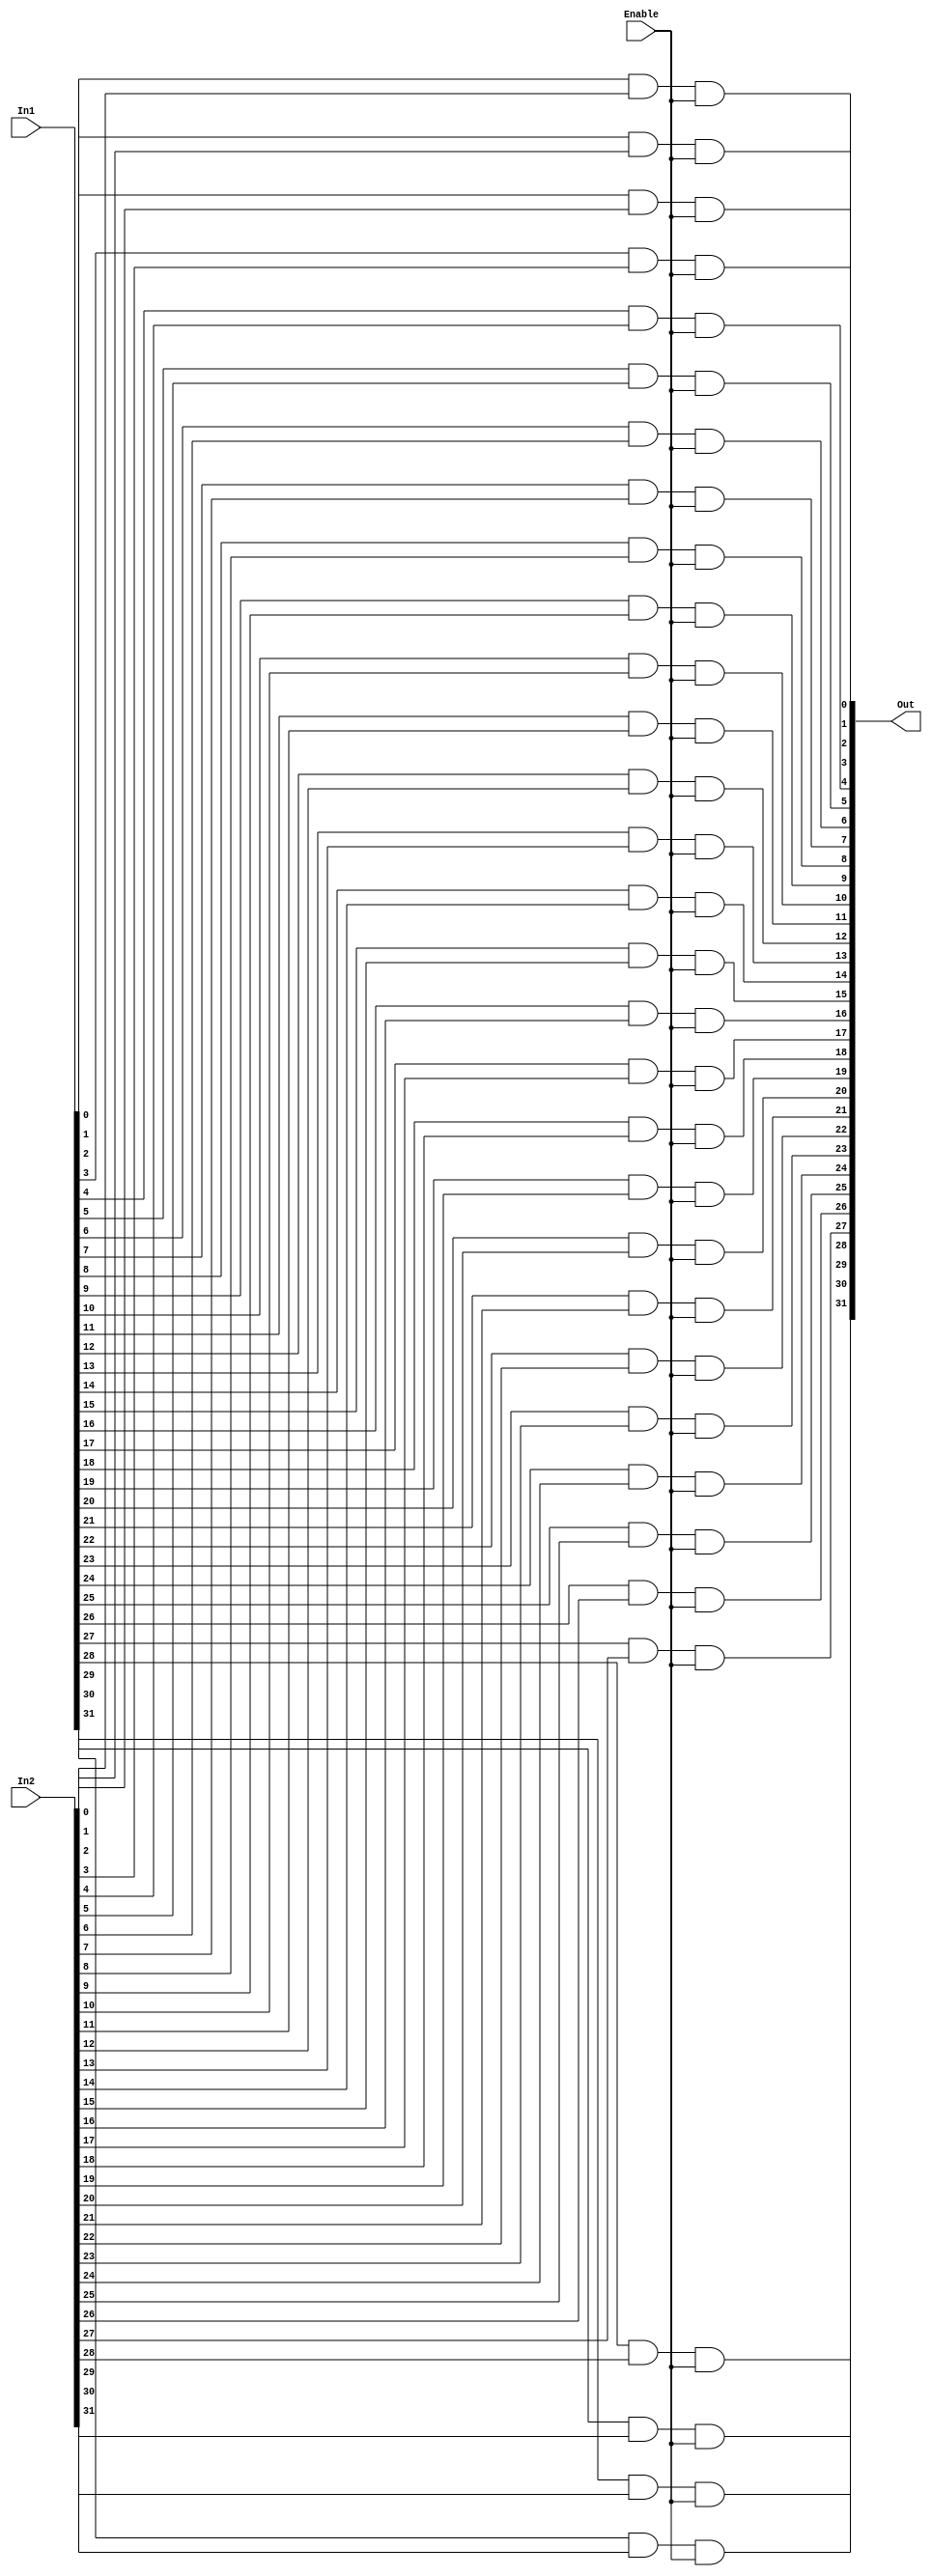
`timescale 1ns / 1ps
//////////////////////////////////////////////////////////////////////////////////
// Company: 
// 
// Design Name: 
// Module Name: ALU32
// Project Name: 
// Target Devices: 
// Tool Versions: 
// Description: 
// 
// Dependencies: 
// 
// Revision:
// Revision 0.01 - File Created
// Additional Comments:
// 
//////////////////////////////////////////////////////////////////////////////////

// 32
module G_And32(
        input wire [31:0]  In1,
        input wire [31:0]  In2,
        input wire         Enable, // Enable Message, high as enable
        output wire [31:0] Out
    );

    // genvar        i ;   
    // for(i = 0; i <= 31; i = i + 1)
    // begin: and_gen
    //     and and_out (Out[i], In1[i], In2[i]);
    // end

    // Calculate In1 and In2

    and (Out[0],In1[0],In2[0],Enable);
    and (Out[1],In1[1],In2[1],Enable);
    and (Out[2],In1[2],In2[2],Enable);
    and (Out[3],In1[3],In2[3],Enable);
    and (Out[4],In1[4],In2[4],Enable);
    and (Out[5],In1[5],In2[5],Enable);
    and (Out[6],In1[6],In2[6],Enable);
    and (Out[7],In1[7],In2[7],Enable);
    and (Out[8],In1[8],In2[8],Enable);
    and (Out[9],In1[9],In2[9],Enable);
    and (Out[10],In1[10],In2[10],Enable);
    and (Out[11],In1[11],In2[11],Enable);
    and (Out[12],In1[12],In2[12],Enable);
    and (Out[13],In1[13],In2[13],Enable);
    and (Out[14],In1[14],In2[14],Enable);
    and (Out[15],In1[15],In2[15],Enable);
    and (Out[16],In1[16],In2[16],Enable);
    and (Out[17],In1[17],In2[17],Enable);
    and (Out[18],In1[18],In2[18],Enable);
    and (Out[19],In1[19],In2[19],Enable);
    and (Out[20],In1[20],In2[20],Enable);
    and (Out[21],In1[21],In2[21],Enable);
    and (Out[22],In1[22],In2[22],Enable);
    and (Out[23],In1[23],In2[23],Enable);
    and (Out[24],In1[24],In2[24],Enable);
    and (Out[25],In1[25],In2[25],Enable);
    and (Out[26],In1[26],In2[26],Enable);
    and (Out[27],In1[27],In2[27],Enable);
    and (Out[28],In1[28],In2[28],Enable);
    and (Out[29],In1[29],In2[29],Enable);
    and (Out[30],In1[30],In2[30],Enable);
    and (Out[31],In1[31],In2[31],Enable);
 
endmodule